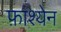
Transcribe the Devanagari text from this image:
फ़ाश्येन